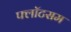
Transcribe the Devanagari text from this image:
फ्लॉटसम